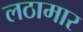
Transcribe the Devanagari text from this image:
लठामार